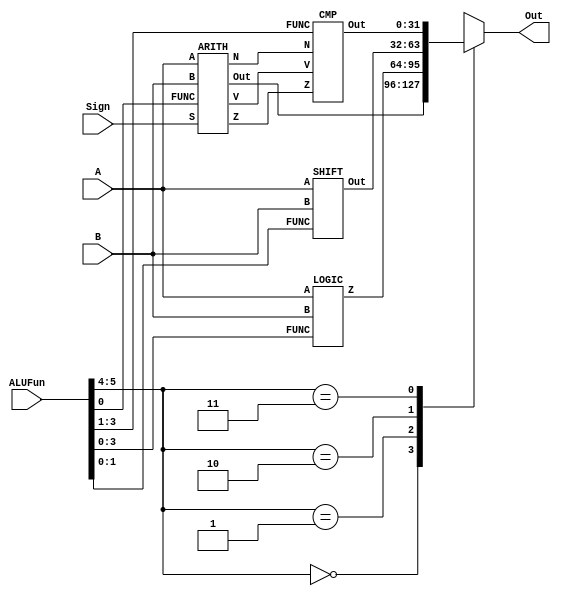
module ALU(Out,A,B,ALUFun,Sign);
input [31:0] A, B;
input [5:0] ALUFun;
input Sign;
output reg [31:0] Out;
wire Z, V, N;
wire [31:0] Out1, Out2, Out3, Out4;
ARITH ari(ALUFun[0], A, B, Sign, Z, V, N, Out1);
LOGIC log(ALUFun[3:0], A, B, Out2);
SHIFT shi(ALUFun[1:0], A, B, Out3);
CMP cmp(ALUFun[3:1], Z, V, N, Out4);
always @* begin
	case(ALUFun[5:4])
		2'b00:Out<= Out1;
		2'b01:Out<= Out2;
		2'b10:Out<= Out3;
		2'b11:Out<= Out4;
		default:Out<= 32'h00000000;
	endcase
end	
endmodule

module SHIFT(FUNC, A, B, Out);
input [1:0] FUNC;
input [31:0] A, B;
output reg [31:0] Out;
reg [31:0] S ;
always @* begin
	case(FUNC)
		2'b00: begin
			if(A[4]) Out= ( B << 16 );
			if(A[3]) Out= ( Out << 8 );
			if(A[2]) Out= ( Out << 4 );
			if(A[1]) Out= ( Out << 2 );
			if(A[0]) Out= ( Out << 1 );
		end
		2'b01: begin
			if(A[4]) Out= ( B >> 16 );
			if(A[3]) Out= ( Out >> 8 );
			if(A[2]) Out= ( Out >> 4 );
			if(A[1]) Out= ( Out >> 2 );
			if(A[0]) Out= ( Out >> 1 );
		end
		2'b11: begin
			if(B[31]) S= 32'hffffffff;
			else S= 32'h00000000;
			if(A[4]) begin Out= ( B >>> 16 );  Out[31:16]= S[31:16]; end
			if(A[3]) begin Out= ( Out >>> 8 ); Out[31:24]= S[31:24]; end
			if(A[2]) begin Out= ( Out >>> 4 ); Out[31:28]= S[31:28]; end
			if(A[1]) begin Out= ( Out >>> 2 ); Out[31:30]= S[31:30]; end
			if(A[0]) begin Out= ( Out >>> 1 ); Out[31]   = S[31];    end
		end
		default: Out=32'h00000000;
	endcase
end
endmodule

module CMP(FUNC, Z, V, N, Out);
input [2:0] FUNC;
input Z, V, N;
output reg [31:0] Out;
always @* begin
	Out[31:0]= 32'h00000000;
	case(FUNC)
		3'b001: Out[0] <= Z;
		3'b000: Out[0] <= ~Z;
		3'b010: Out[0] <= N;
		3'b110: Out[0] <= ( Z || N );
		3'b101: Out[0] <= N;
		3'b111: Out[0] <= ~N;
		default: Out<= 32'h00000000;
	endcase
end
endmodule

module ARITH(FUNC, A, B, S, Z, V, N, Out);
input [31:0] A, B;
input FUNC;
input S;
output Z;
output reg V, N;
output reg [31:0] Out;
reg [31:0] C;
assign Z= (Out == 0);
always @* begin
	if(FUNC==0) begin
		if(S==1) begin
			Out= A + B;
			if(A[31]==0 && B[31]==0 && Out[31]==1 || A[31]==1 && B[31]==1 && Out[31]==0) V=1;
			else V=0;
			if(A[31]==1 && B[31]==1) N=1;
			else if(A[31]==0 && B[31]==0) N=0;
			else N=Out[31];
		end
		if(S==0) begin
			Out= A + B;
			V=0;
			N=0;
		end
	end
	if(FUNC==1) begin
		C= ~B + 1'b1;
		if(S==1) begin
			Out= A + C;
			if(A[31]==0 && C[31]==0 && Out[31]==1 || A[31]==1 && C[31]==1 && Out[31]==0) V=1;
			else V<=0;
			if(A[31]==1 && C[31]==1) N=1;
			else if(A[31]==0 && C[31]==0) N=0;
			else N=Out[31];
		end
		if(S==0) begin
		Out= A + C;
		V=0;
		if(A[31]==1 && B[31]==0 ) N=0;
		else if(A[31]==0 && B[31]==1 ) N=1;
		else N=Out[31];
		end
	end
end
endmodule

module LOGIC(FUNC, A, B, Z);
input [3:0] FUNC;
input [31:0] A, B;
output reg [31:0] Z;
always @* begin
	case(FUNC)
		4'b1000:Z= A & B;
		4'b1110:Z= A | B;
		4'b0110:Z= A ^ B;
		4'b0001:Z= ~ ( A | B );
		4'b1010:Z= A;
		default:Z=32'h00000000;
	endcase
end
endmodule